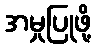
အမှုပြုဖို့